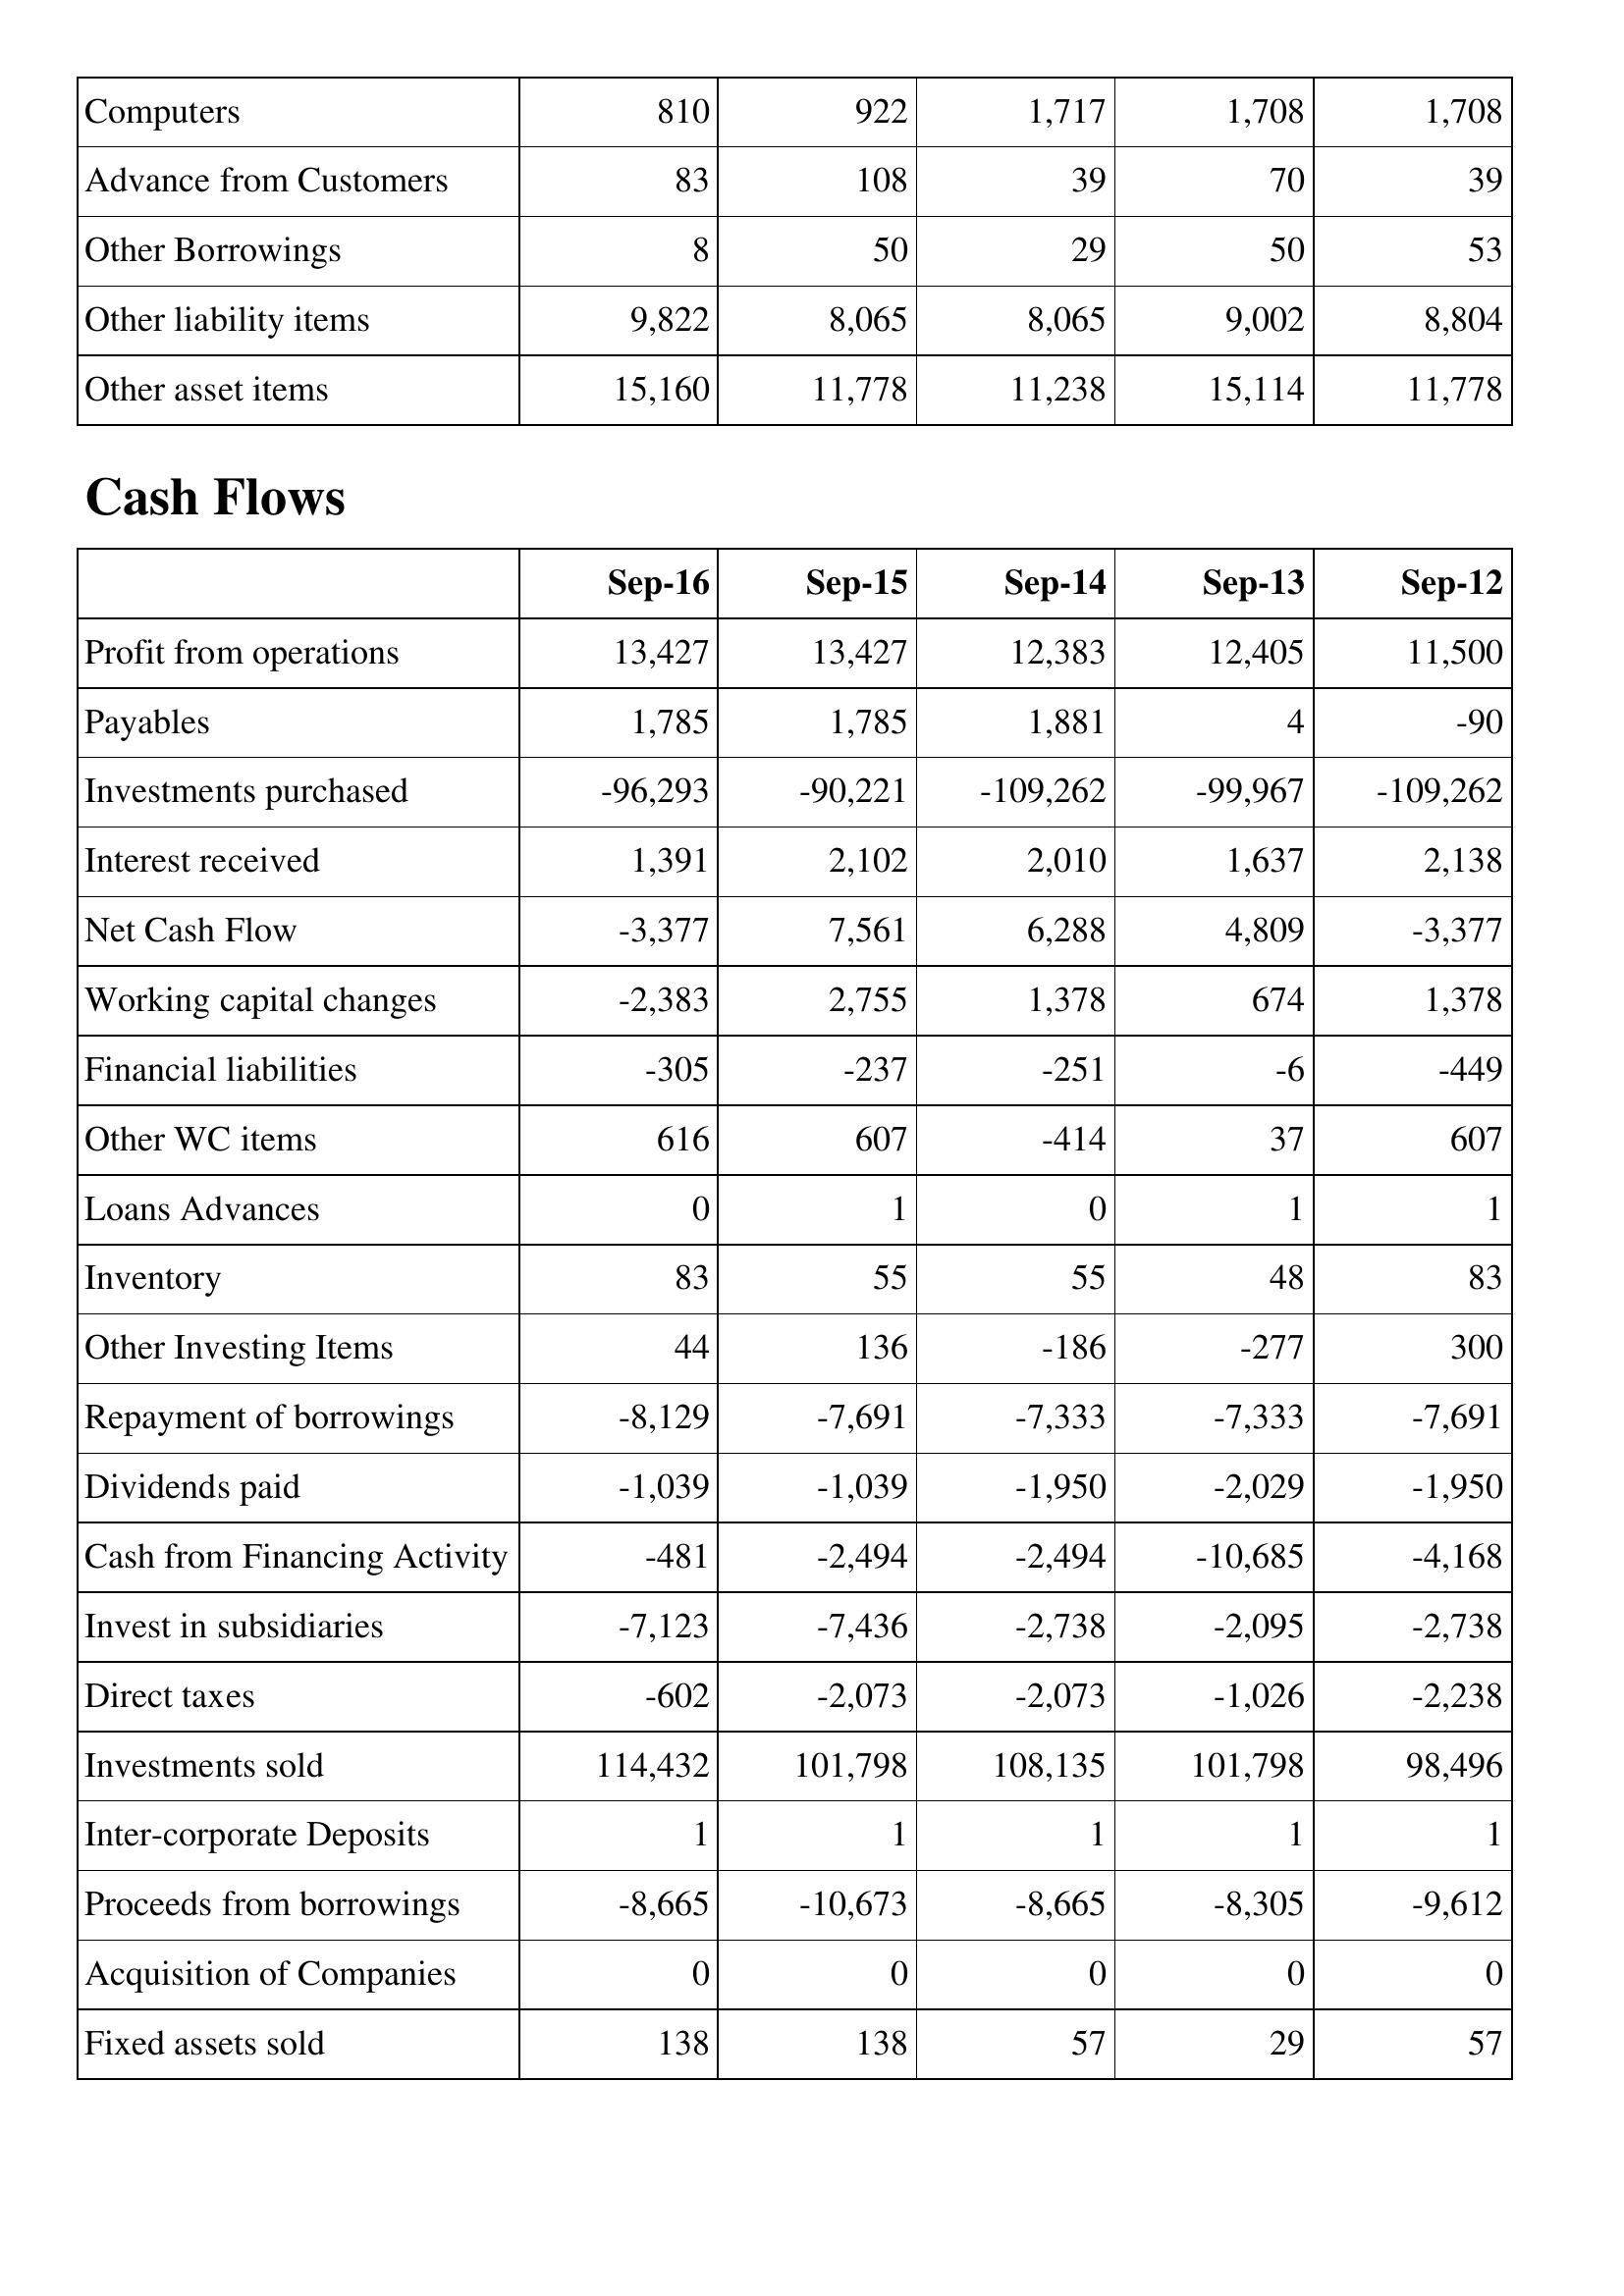
Sep-16: Balance Sheet: Computers: 810
Advance from Customers: 83
Other Borrowings: 8
Other liability items: 9,822
Other asset items: 15,160
Cash Flows: Profit from operations: 13,427
Payables: 1,785
Investments purchased: -96,293
Interest received: 1,391
Net Cash Flow: -3,377
Working capital changes: -2,383
Financial liabilities: -305
Other WC items: 616
Loans Advances: 0
Inventory: 83
Other Investing Items: 44
Repayment of borrowings: -8,129
Dividends paid: -1,039
Cash from Financing Activity: -481
Invest in subsidiaries: -7,123
Direct taxes: -602
Investments sold: 114,432
Inter-corporate Deposits: 1
Proceeds from borrowings: -8,665
Acquisition of Companies: 0
Fixed assets sold: 138
Sep-15: Balance Sheet: Computers: 922
Advance from Customers: 108
Other Borrowings: 50
Other liability items: 8,065
Other asset items: 11,778
Cash Flows: Profit from operations: 13,427
Payables: 1,785
Investments purchased: -90,221
Interest received: 2,102
Net Cash Flow: 7,561
Working capital changes: 2,755
Financial liabilities: -237
Other WC items: 607
Loans Advances: 1
Inventory: 55
Other Investing Items: 136
Repayment of borrowings: -7,691
Dividends paid: -1,039
Cash from Financing Activity: -2,494
Invest in subsidiaries: -7,436
Direct taxes: -2,073
Investments sold: 101,798
Inter-corporate Deposits: 1
Proceeds from borrowings: -10,673
Acquisition of Companies: 0
Fixed assets sold: 138
Sep-14: Balance Sheet: Computers: 1,717
Advance from Customers: 39
Other Borrowings: 29
Other liability items: 8,065
Other asset items: 11,238
Cash Flows: Profit from operations: 12,383
Payables: 1,881
Investments purchased: -109,262
Interest received: 2,010
Net Cash Flow: 6,288
Working capital changes: 1,378
Financial liabilities: -251
Other WC items: -414
Loans Advances: 0
Inventory: 55
Other Investing Items: -186
Repayment of borrowings: -7,333
Dividends paid: -1,950
Cash from Financing Activity: -2,494
Invest in subsidiaries: -2,738
Direct taxes: -2,073
Investments sold: 108,135
Inter-corporate Deposits: 1
Proceeds from borrowings: -8,665
Acquisition of Companies: 0
Fixed assets sold: 57
Sep-13: Balance Sheet: Computers: 1,708
Advance from Customers: 70
Other Borrowings: 50
Other liability items: 9,002
Other asset items: 15,114
Cash Flows: Profit from operations: 12,405
Payables: 4
Investments purchased: -99,967
Interest received: 1,637
Net Cash Flow: 4,809
Working capital changes: 674
Financial liabilities: -6
Other WC items: 37
Loans Advances: 1
Inventory: 48
Other Investing Items: -277
Repayment of borrowings: -7,333
Dividends paid: -2,029
Cash from Financing Activity: -10,685
Invest in subsidiaries: -2,095
Direct taxes: -1,026
Investments sold: 101,798
Inter-corporate Deposits: 1
Proceeds from borrowings: -8,305
Acquisition of Companies: 0
Fixed assets sold: 29
Sep-12: Balance Sheet: Computers: 1,708
Advance from Customers: 39
Other Borrowings: 53
Other liability items: 8,804
Other asset items: 11,778
Cash Flows: Profit from operations: 11,500
Payables: -90
Investments purchased: -109,262
Interest received: 2,138
Net Cash Flow: -3,377
Working capital changes: 1,378
Financial liabilities: -449
Other WC items: 607
Loans Advances: 1
Inventory: 83
Other Investing Items: 300
Repayment of borrowings: -7,691
Dividends paid: -1,950
Cash from Financing Activity: -4,168
Invest in subsidiaries: -2,738
Direct taxes: -2,238
Investments sold: 98,496
Inter-corporate Deposits: 1
Proceeds from borrowings: -9,612
Acquisition of Companies: 0
Fixed assets sold: 57